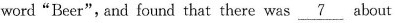
word"Beer",and found that there was \underline{7} about